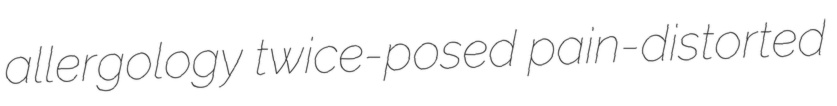
allergology twice-posed pain-distorted